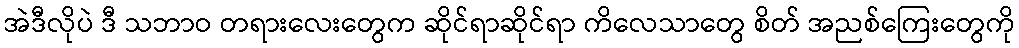
အဲဒီလိုပဲ ဒီ သဘာဝ တရားလေးတွေက ဆိုင်ရာဆိုင်ရာ ကိလေသာတွေ စိတ် အညစ်ကြေးတွေကို